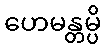
ဟေမန္တမ္ပိ